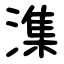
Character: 潗